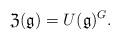
LaTeX: \begin{align*} {\mathfrak Z}({\mathfrak g}) =_{} U({\mathfrak g})^G.\end{align*}